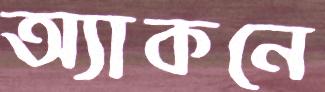
অ্যাকনে